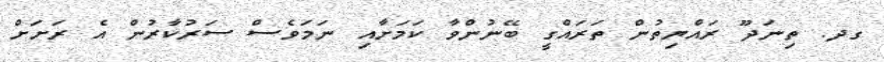
ގދ. ތިނަދޫ ރައްޔިތުން ތަރައްގީ ބޭނުންވާ ކަމަށާއި ނަމަވެސް ސަރުކާރުން އެ ރަށަށް